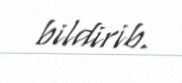
bildirib.